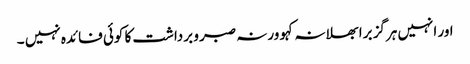
اور انہیں ہرگز برا بھلا نہ کہو ورنہ صبر و برداشت کا کوئی فائدہ نہیں ۔